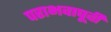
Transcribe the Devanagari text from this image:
पराभवापूर्वी